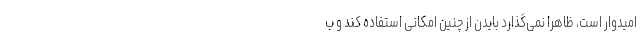
امیدوار است، ظاهرا نمی‌گذارد بایدن از چنین امکانی استفاده کند و ب